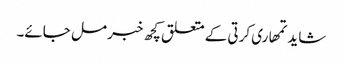
شاید تمھاری کرتی کے متعلق کچھ خبر مل جائے۔